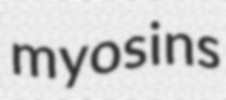
myosins